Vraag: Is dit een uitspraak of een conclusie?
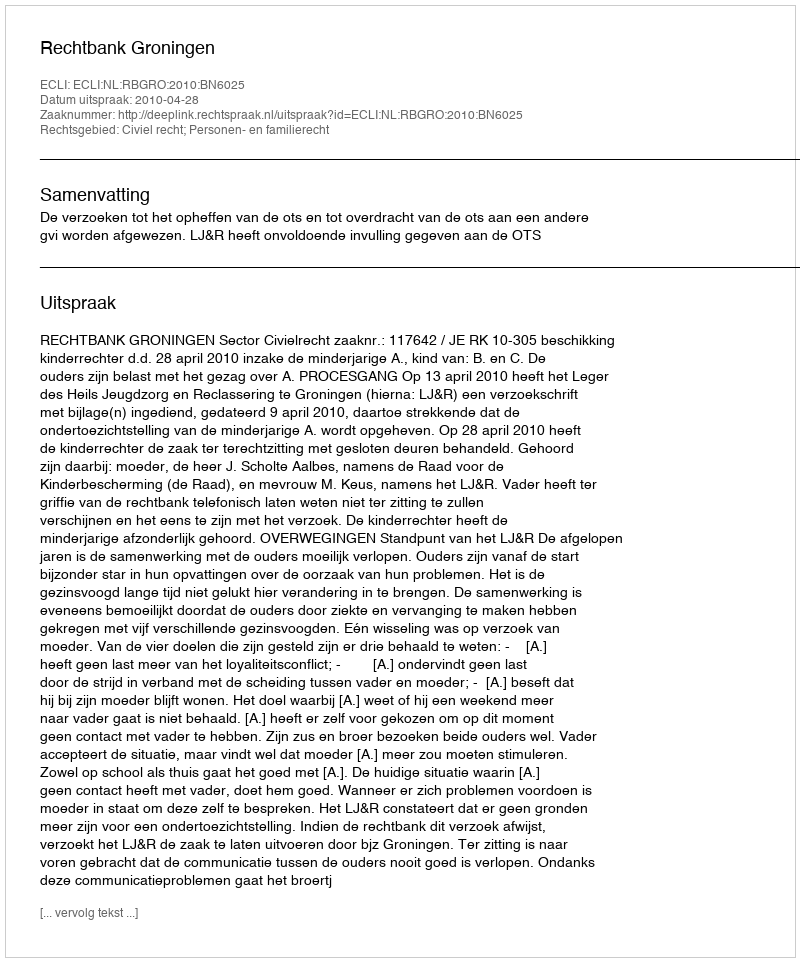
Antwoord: Uitspraak